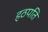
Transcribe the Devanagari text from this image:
हठपति